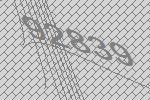
92839